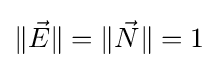
\|{\vec {E}}\|=\|{\vec {N}}\|=1